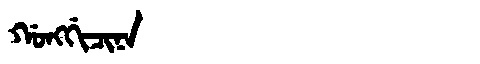
Manchu: ᡤᠣᠩᡤᡳᠴᡳᠨᠠ
Romanization: GONGGICINA